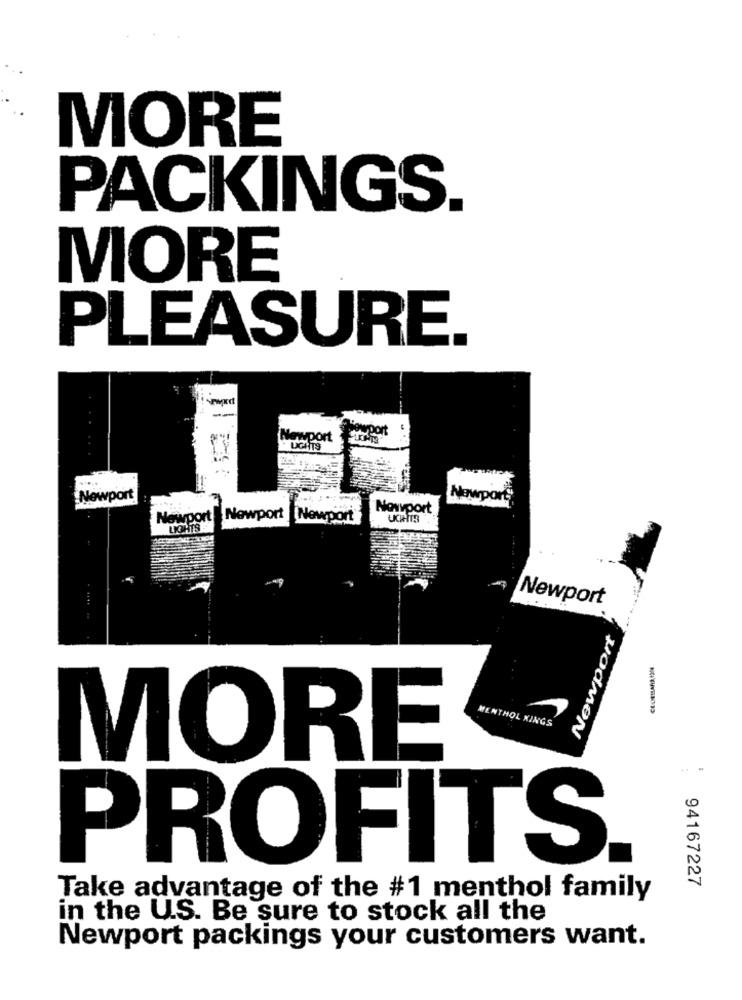
MORE
PACKINGS.
MORE
PLEASURE.
lowport
Newport
LIGHTS
Newport
Newport
Nowyport
Newport Newport
Newport
UCIHITS
LIGHTS
Newport
Newport
MENTHOL XINGS
MORE
:
PROFITS.
94167227
Take advantage of the #1 menthol family
in the U.S. Be sure to stock all the
Newport packings your customers want.